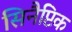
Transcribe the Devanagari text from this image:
सिनैप्टिक